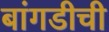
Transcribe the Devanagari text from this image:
बांगडीची